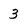
Character: 3